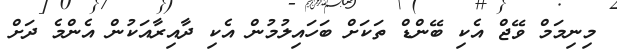
މިނިމަމް ވޭޖް އެކި ބޭންޑް ތަކަށް ބަހައިލުމުން އެކި ދާއިރާއަކުން އެންމެ ދަށް